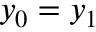
y _ { 0 } = y _ { 1 }